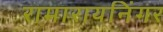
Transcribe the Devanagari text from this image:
रामारायनिंगर